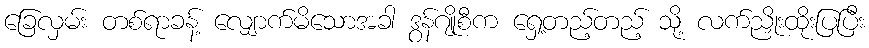
ခြေလှမ်း တစ်ရာခန့် လျှောက်မိသောအခါ ဒွန်ဂျိုစီက ရှေ့တည့်တည့် သို့ လက်ညှိုးထိုးပြပြီး